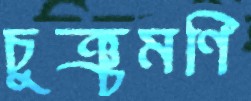
চুঞ্চুমণি